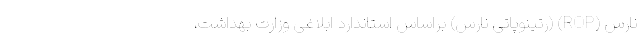
نارس (ROP) (رتینوپاتی نارس) براساس استاندارد ابلاغی وزارت بهداشت،